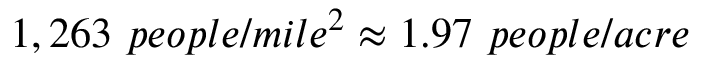
1 , 2 6 3 ~ p e o p l e / m i l e ^ { 2 } \approx 1 . 9 7 ~ p e o p l e / a c r e